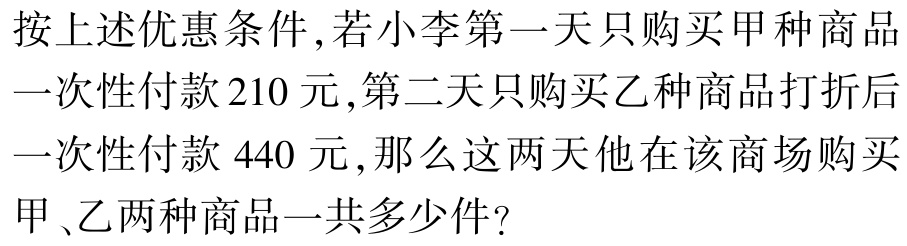
按上述优惠条件,若小李第一天只购买甲种商品一次性付款210元,第二天只购买乙种商品打折后一次性付款440元,那么这两天他在该商场购买甲、乙两种商品一共多少件?